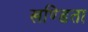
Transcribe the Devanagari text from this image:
खण्डिता